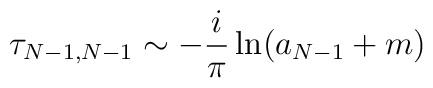
\tau_{N-1,N-1} \sim - {i \over \pi} \ln ( a_{N-1} + m)